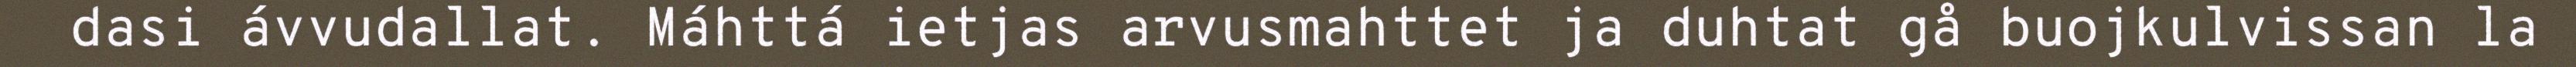
dasi ávvudallat. Máhttá ietjas arvusmahttet ja duhtat gå buojkulvissan la